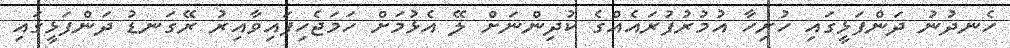
ހެނދުނު ދަންފަޅީގައި ހުރިހާ އުމުރުފުރައެއްގެ ކުދިންނަށް ލޭ އެޅުމަށް ހަމަޖެހިފައިވާއިރު ރޭގަނޑު ދަންފަޅީގައި